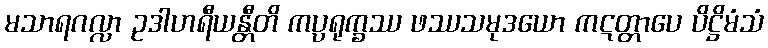
မသာရဂလ္လာ ဥဒါဟရီယန္တီတိ ကပ္ပရုက္ခဿ ဖဿသမုဒယော ကဋတ္တာပေ ပိဋ္ဌိမံသံ